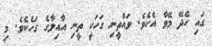
ގައި ހެދޭ މޭވާ އެކެވެ. ވައްތީނި ގަހަކީ ތީނި އާއިލާގެ ގަހެކެވެ. މި